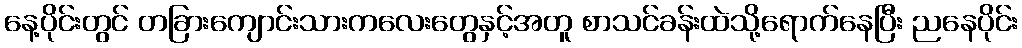
နေ့ပိုင်းတွင် တခြားကျောင်းသားကလေးတွေနှင့်အတူ စာသင်ခန်းထဲသို့ရောက်နေပြီး ညနေပိုင်း